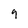
Character: 9